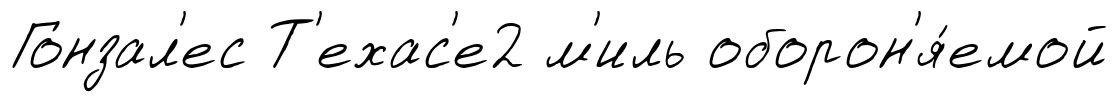
Гонзал'ес Т'ехас'е2 м'иль оборон'я́емой